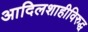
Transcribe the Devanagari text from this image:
आदिलशाहीविरुद्ध